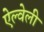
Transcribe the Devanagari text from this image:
ऐल्वेली